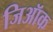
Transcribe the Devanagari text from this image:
जिऑक